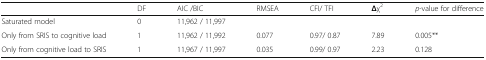
<table><thead><tr><td></td><td><b>DF</b></td><td><b>AIC /BIC</b></td><td><b>RMSEA</b></td><td><b>CFI/ TFI</b></td><td><b>Δχ<sup>2</sup></b></td><td><b><i>p</i>-value for difference</b></td></tr></thead><tbody><tr><td>Saturated model</td><td>0</td><td>11,962 / 11,997</td><td></td><td></td><td></td><td></td></tr><tr><td>Only from SRIS to cognitive load</td><td>1</td><td>11,962 / 11,992</td><td>0.077</td><td>0.97/ 0.87</td><td>7.89</td><td>0.005**</td></tr><tr><td>Only from cognitive load to SRIS</td><td>1</td><td>11,967 / 11,997</td><td>0.035</td><td>0.99/ 0.97</td><td>2.23</td><td>0.128</td></tr></tbody></table>